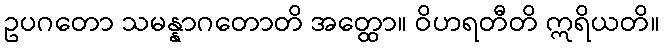
ဥပဂတော သမန္နာဂတောတိ အတ္ထော။ ဝိဟရတီတိ ဣရိယတိ။